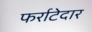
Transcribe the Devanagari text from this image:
फर्राटेदार